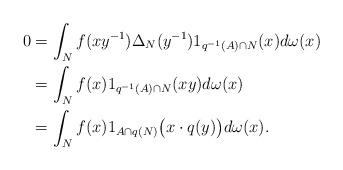
LaTeX: \begin{align*}0&=\int_N f(xy^{-1}) \Delta_N (y^{-1}) 1_{q^{-1}(A)\cap N} (x) d\omega(x) \\&=\int_N f(x) 1_{q^{-1}(A)\cap N} (xy) d\omega(x) \\&=\int_N f(x) 1_{A \cap q(N)} \big(x \cdot q(y)\big)d\omega(x).\end{align*}